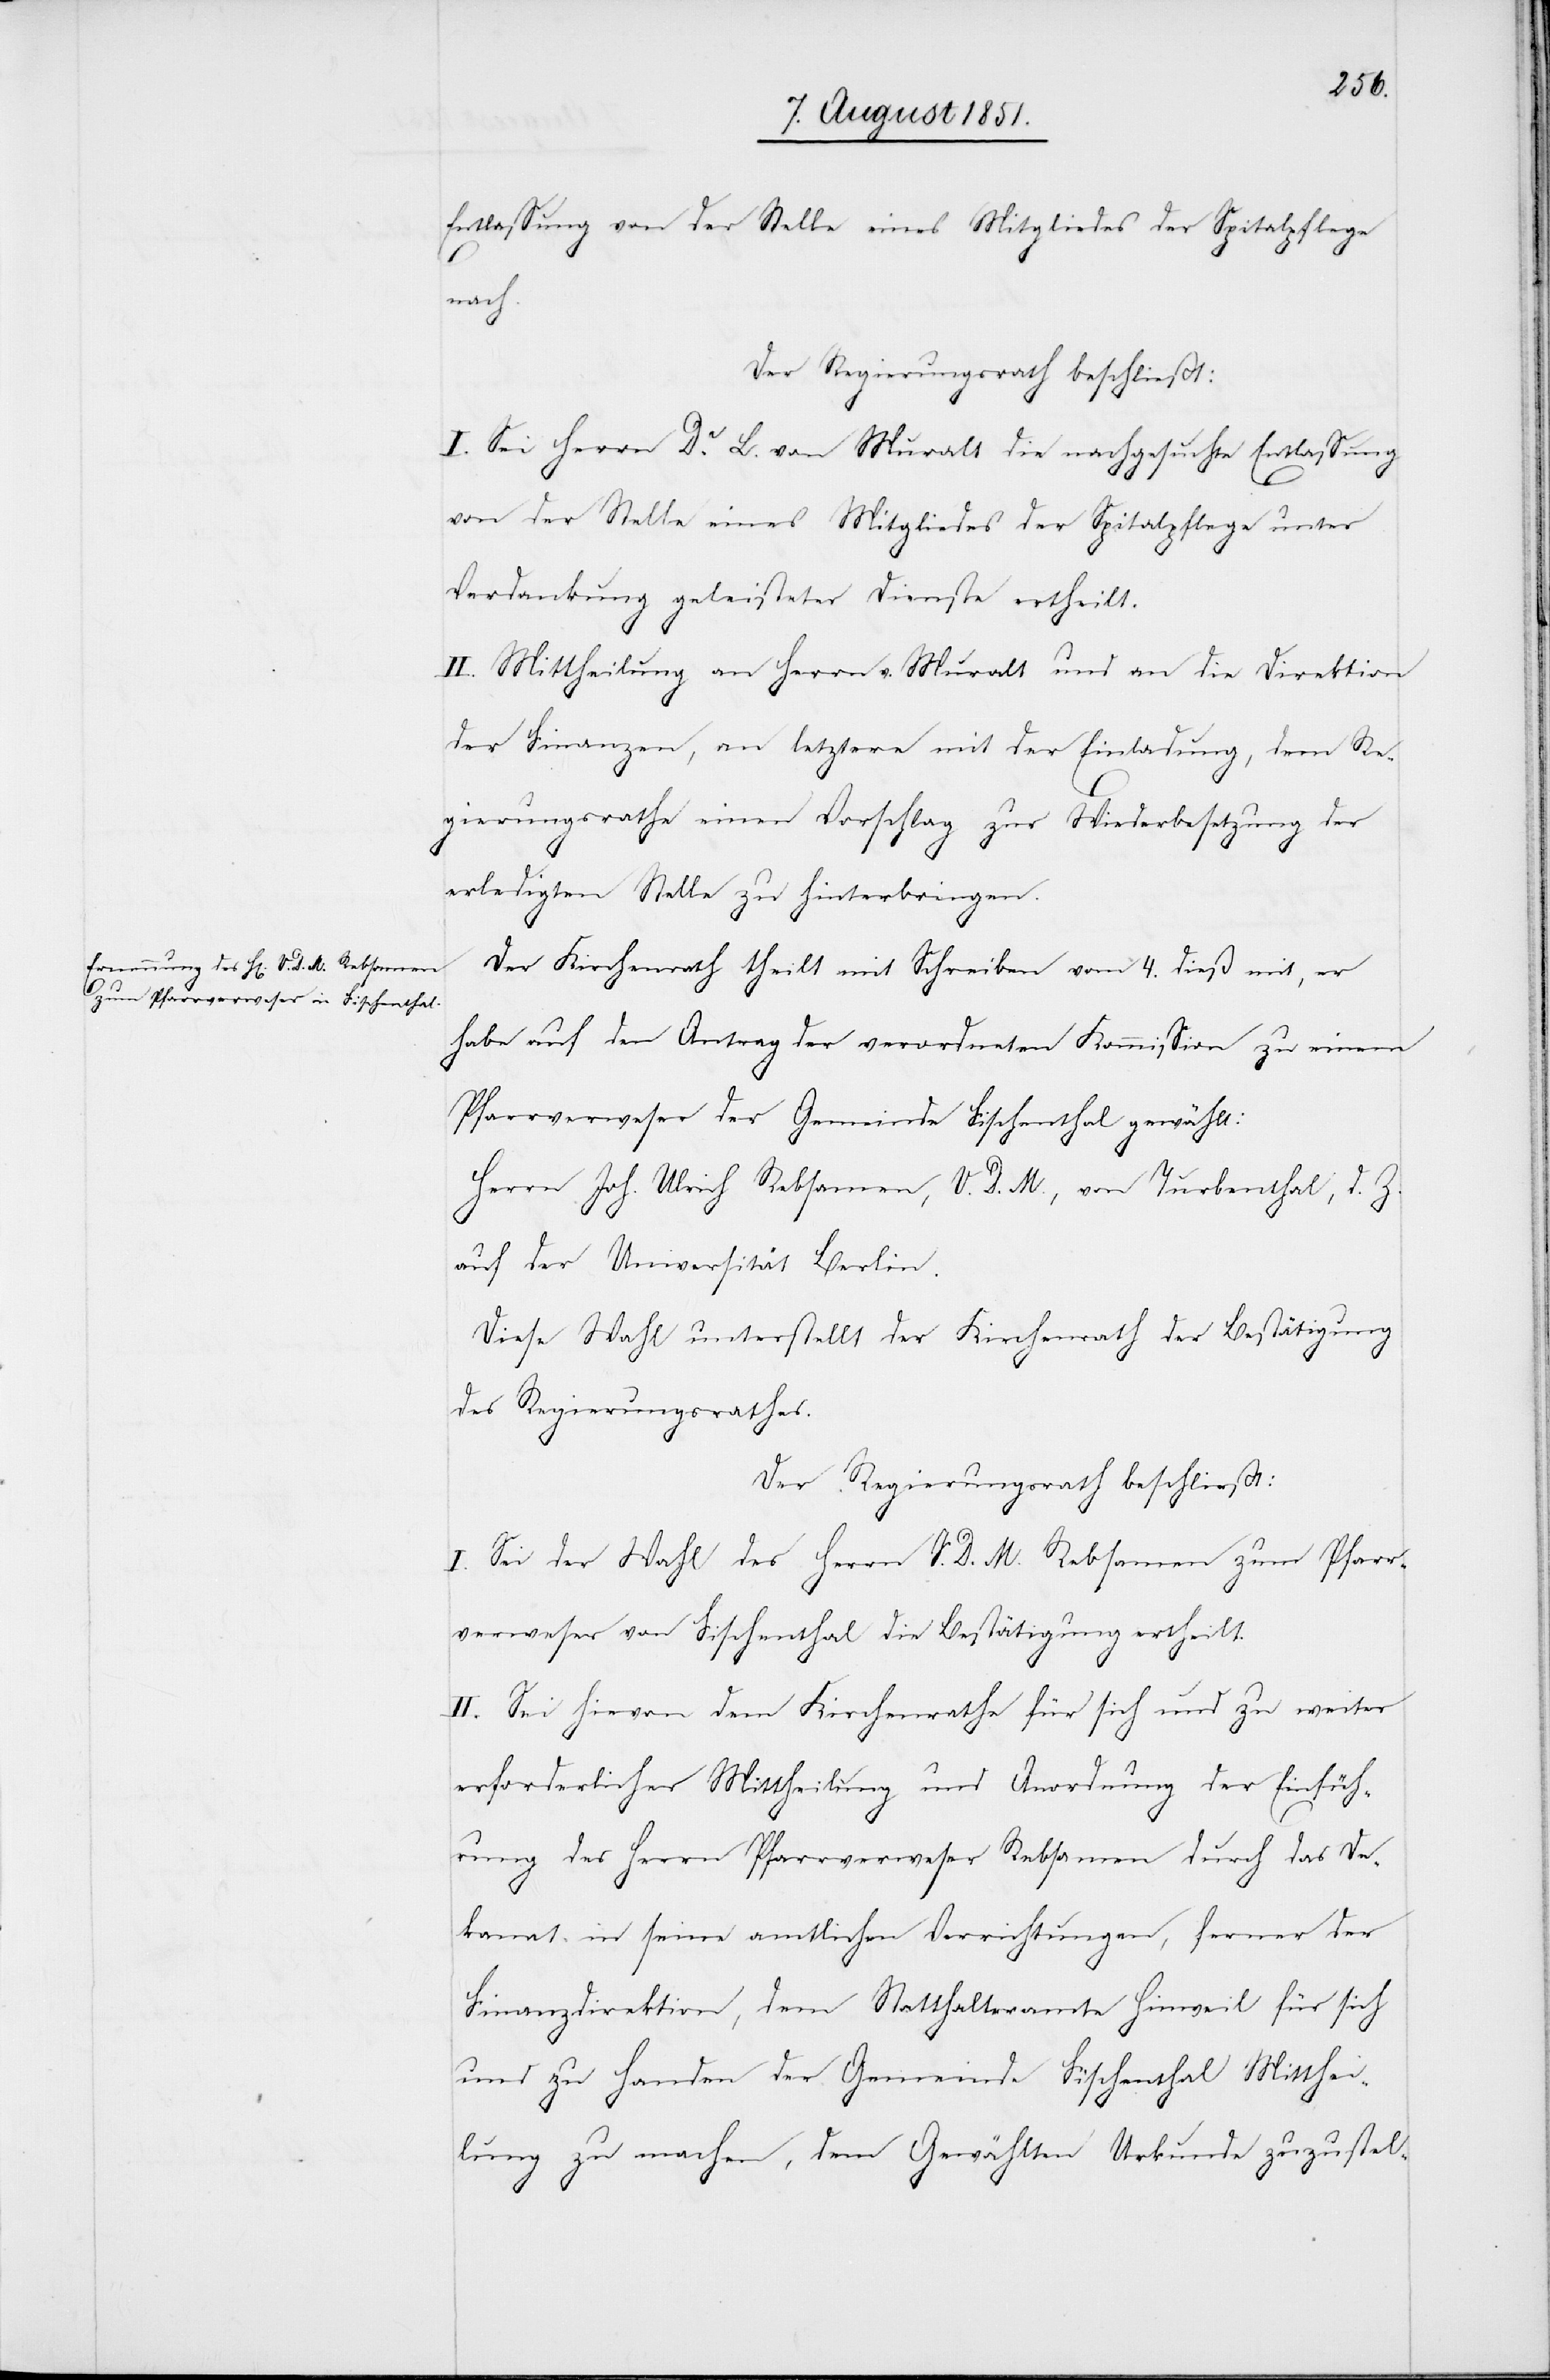
Entlassung von der Stelle eines Mitgliedes der Spitalpflege
nach.
Der Regierungsrath beschließt:
I. Sei Herrn Dr. L. von Muralt die nachgesuchte Entlassung
von der Stelle eines Mitgliedes der Spitalpflege unter
Verdankung geleisteter Dienste ertheilt.
II. Mittheilung an Herrn v. Muralt und an die Direktion
der Finanzen, an letztere mit der Einladung, dem Re¬
gierungsrathe einen Vorschlag zur Wiederbesetzung der
erledigten Stelle zu hinterbringen.
Der Kirchenrath theilt mit Schreiben vom 4. dieß mit, er
habe auf den Antrag der verordneten Kommission zu einem
Pfarrverweser der Gemeinde Fischenthal gewählt:
Herrn Joh. Ulrich Rebsamen, V. D. M., von Turbenthal, d. Z.
auf der Universität Berlin.
Diese Wahl unterstellt der Kirchenrath der Bestätigung
des Regierungsrathes.
Der Regierungsrath beschließt:
I. Sei der Wahl des Herrn V. D. M. Rebsamen zum Pfarr¬
verweser von Fischenthal die Bestätigung ertheilt.
II. Sei hievon dem Kirchenrathe für sich und zu weiter
erforderlicher Mittheilung und Anordnung der Einfüh¬
rung des Herrn Pfarrverweser Rebsamen durch das De¬
kanat in seine amtlichen Verrichtungen, ferner der
Finanzdirektion, dem Statthalteramte Hinweil für sich
und zu Handen der Gemeinde Fischenthal Mitthei¬
lung zu machen, dem Gewählten Urkunde zuzustel-